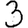
Digit: 3